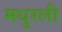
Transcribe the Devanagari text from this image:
मधुरली